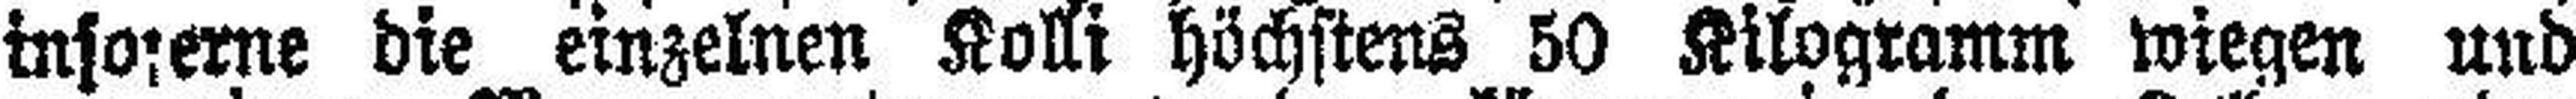
insoferne die einzelnen Kolli höchstens 50 Kilogramm wiegen und